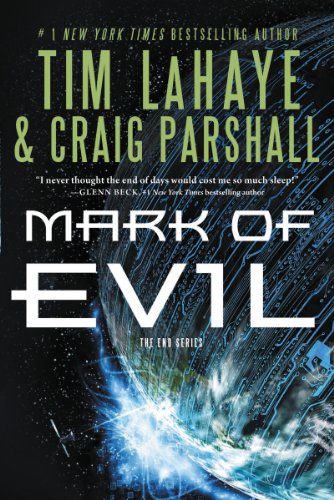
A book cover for Mark of Evil (The End Series); Tim LaHaye; Christian Books & Bibles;